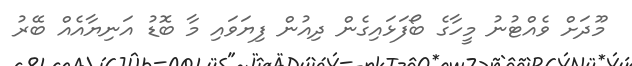
މޫދަށް ވެއްޓުނު މީހާގެ ބޯފަޅައިގެން ދިއުން ފިޔަވައި މާ ބޮޑު އަނިޔާއެއް ބޭރު